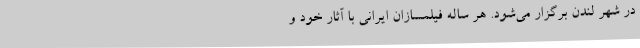
در شهر لندن برگزار می‌شود. هر ساله فيلمسازان ایراني با آثار خود و